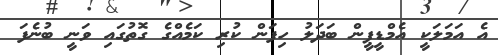
އެ އަމަލަކީ އެމްޑީޕީން ބަދަލު ހިފަން ކުރި ކަމެއްގެ ގޮތުގައި ވަނީ ބުނެފަ